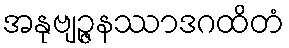
အနုဗျဉ္ဇနဿာဒဂထိတံ